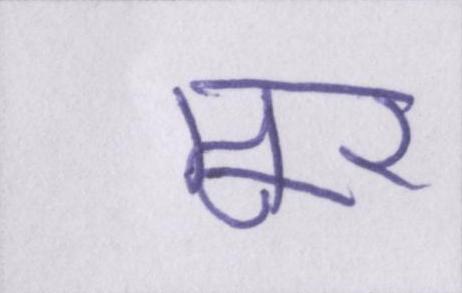
मूर